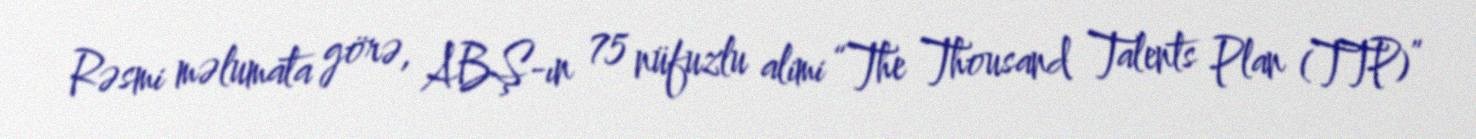
Rəsmi məlumata görə, ABŞ-ın 75 nüfuzlu alimi “The Thousand Talents Plan (TTP)”